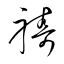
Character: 禱